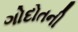
ગોદોતની